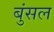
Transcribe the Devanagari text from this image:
बुंसल